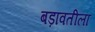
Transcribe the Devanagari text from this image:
बड़ावतीला